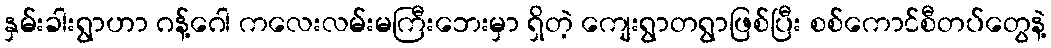
နှမ်းခါးရွာဟာ ဂန့်ဂေါ ကလေးလမ်းမကြီးဘေးမှာ ရှိတဲ့ ကျေးရွာတရွာဖြစ်ပြီး စစ်ကောင်စီတပ်တွေနဲ့